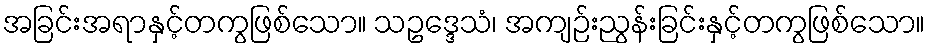
အခြင်းအရာနှင့်တကွဖြစ်သော။ သဥဒ္ဒေသံ၊ အကျဉ်းညွန်းခြင်းနှင့်တကွဖြစ်သော။